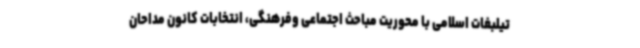
تیلبغات اسلامی با محوریت مباحث اجتماعی وفرهنگی، انتخابات کانون مداحان